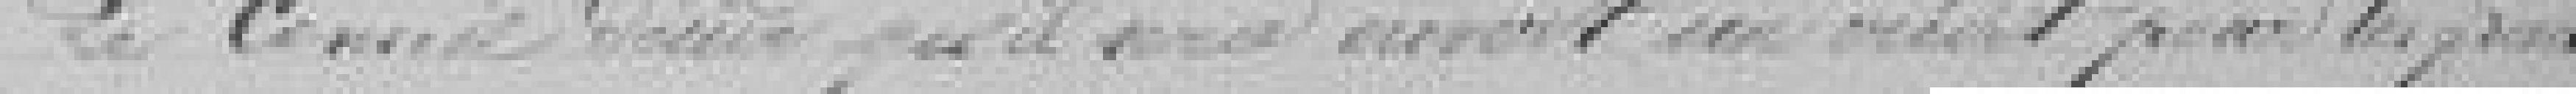
Le conseil décide qu'il sera ouvert un crédit pour les frais